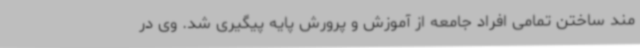
مند ساختن تمامی افراد جامعه از آموزش و پرورش پایه پیگیری شد. وی در